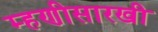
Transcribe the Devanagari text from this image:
म्हणीसारखी